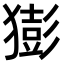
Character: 𤡭